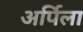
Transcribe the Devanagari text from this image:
अर्पिला